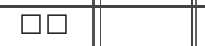
٧٧